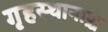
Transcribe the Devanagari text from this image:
गृहस्थानाञ्च